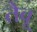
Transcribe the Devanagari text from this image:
तैबू